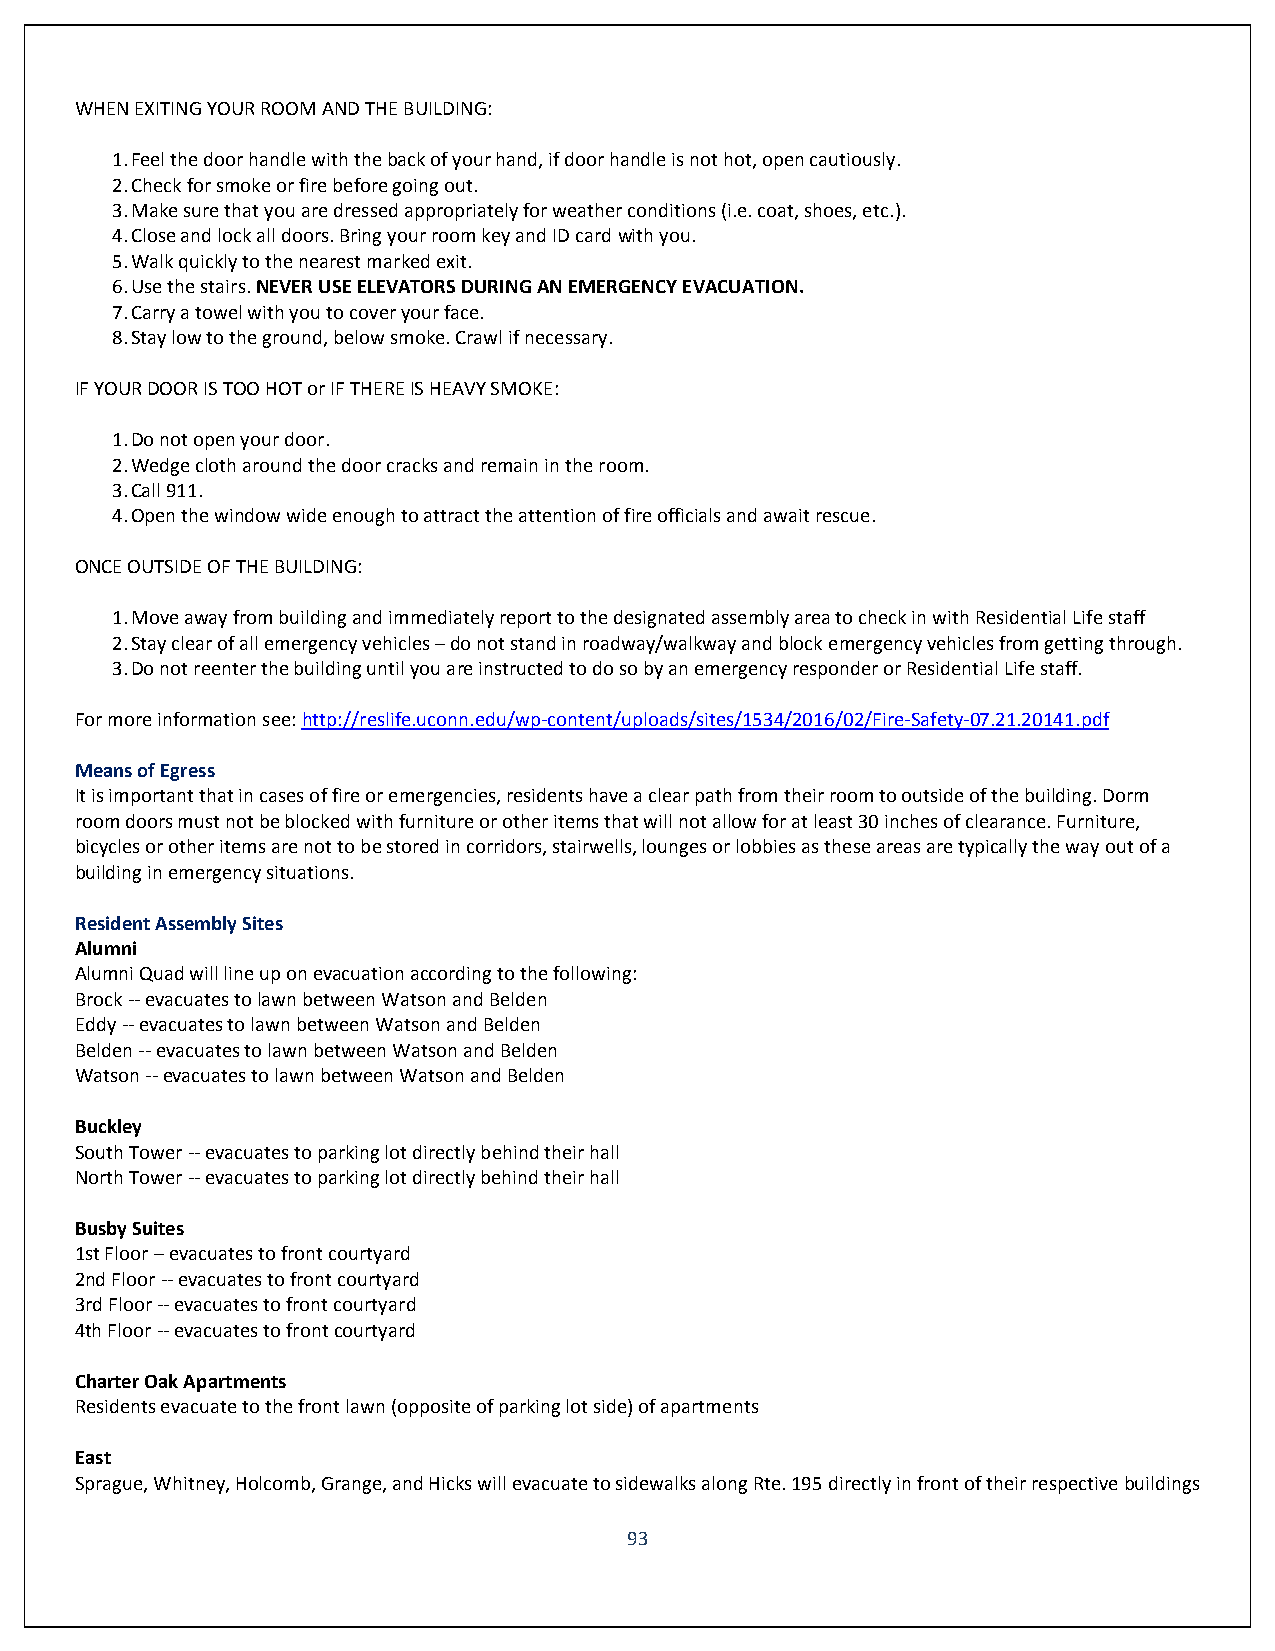
WHEN EXITING YOUR ROOM AND THE BUILDING:
 1. Feel the door handle with the back of your hand, if door handle is not hot, open cautiously.
 2. Check for smoke or fire before going out.
 3. Make sure that you are dressed appropriately for weather conditions (i.e. coat, shoes, etc.).
 4. Close and lock all doors. Bring your room key and ID card with you.
 5. Walk quickly to the nearest marked exit.
 6. Use the stairs. NEVER USE ELEVATORS DURING AN EMERGENCY EVACUATION.
 7. Carry a towel with you to cover your face.
 8. Stay low to the ground, below smoke. Crawl if necessary.
 IF YOUR DOOR IS TOO HOT or IF THERE IS HEAVY SMOKE:
 1. Do not open your door.
 2. Wedge cloth around the door cracks and remain in the room.
 3. Call 911.
 4. Open the window wide enough to attract the attention of fire officials and await rescue.
 ONCE OUTSIDE OF THE BUILDING:
 1. Move away from building and immediately report to the designated assembly area to check in with Residential Life staff
 2. Stay clear of all emergency vehicles – do not stand in roadway/walkway and block emergency vehicles from getting through.
 3. Do not reenter the building until you are instructed to do so by an emergency responder or Residential Life staff.
 For more information see: http://reslife.uconn.edu/wp-content/uploads/sites/1534/2016/02/Fire-Safety-07.21.20141.pdf
 Means of Egress
 It is important that in cases of fire or emergencies, residents have a clear path from their room to outside of the building. Dorm
 room doors must not be blocked with furniture or other items that will not allow for at least 30 inches of clearance. Furniture,
 bicycles or other items are not to be stored in corridors, stairwells, lounges or lobbies as these areas are typically the way out of a
 building in emergency situations.
 Resident Assembly Sites
 Alumni
 Alumni Quad will line up on evacuation according to the following:
 Brock -- evacuates to lawn between Watson and Belden
 Eddy -- evacuates to lawn between Watson and Belden
 Belden -- evacuates to lawn between Watson and Belden
 Watson -- evacuates to lawn between Watson and Belden
 Buckley
 South Tower -- evacuates to parking lot directly behind their hall
 North Tower -- evacuates to parking lot directly behind their hall
 Busby Suites
 1st Floor – evacuates to front courtyard
 2nd Floor -- evacuates to front courtyard
 3rd Floor -- evacuates to front courtyard
 4th Floor -- evacuates to front courtyard
 Charter Oak Apartments
 Residents evacuate to the front lawn (opposite of parking lot side) of apartments
 East
 Sprague, Whitney, Holcomb, Grange, and Hicks will evacuate to sidewalks along Rte. 195 directly in front of their respective buildings
 93